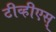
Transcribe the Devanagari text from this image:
टीव्हीएस्